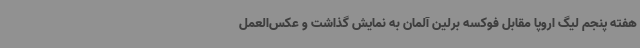
هفته پنجم لیگ اروپا مقابل فوکسه برلین آلمان به نمایش گذاشت و عکس‌العمل